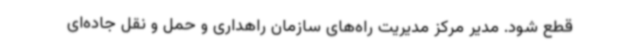
قطع شود. مدیر مرکز مدیریت راه‌های سازمان راهداری و حمل و نقل جاده‌ای